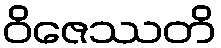
ဝိဇေဿတိ